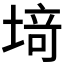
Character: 𫮍